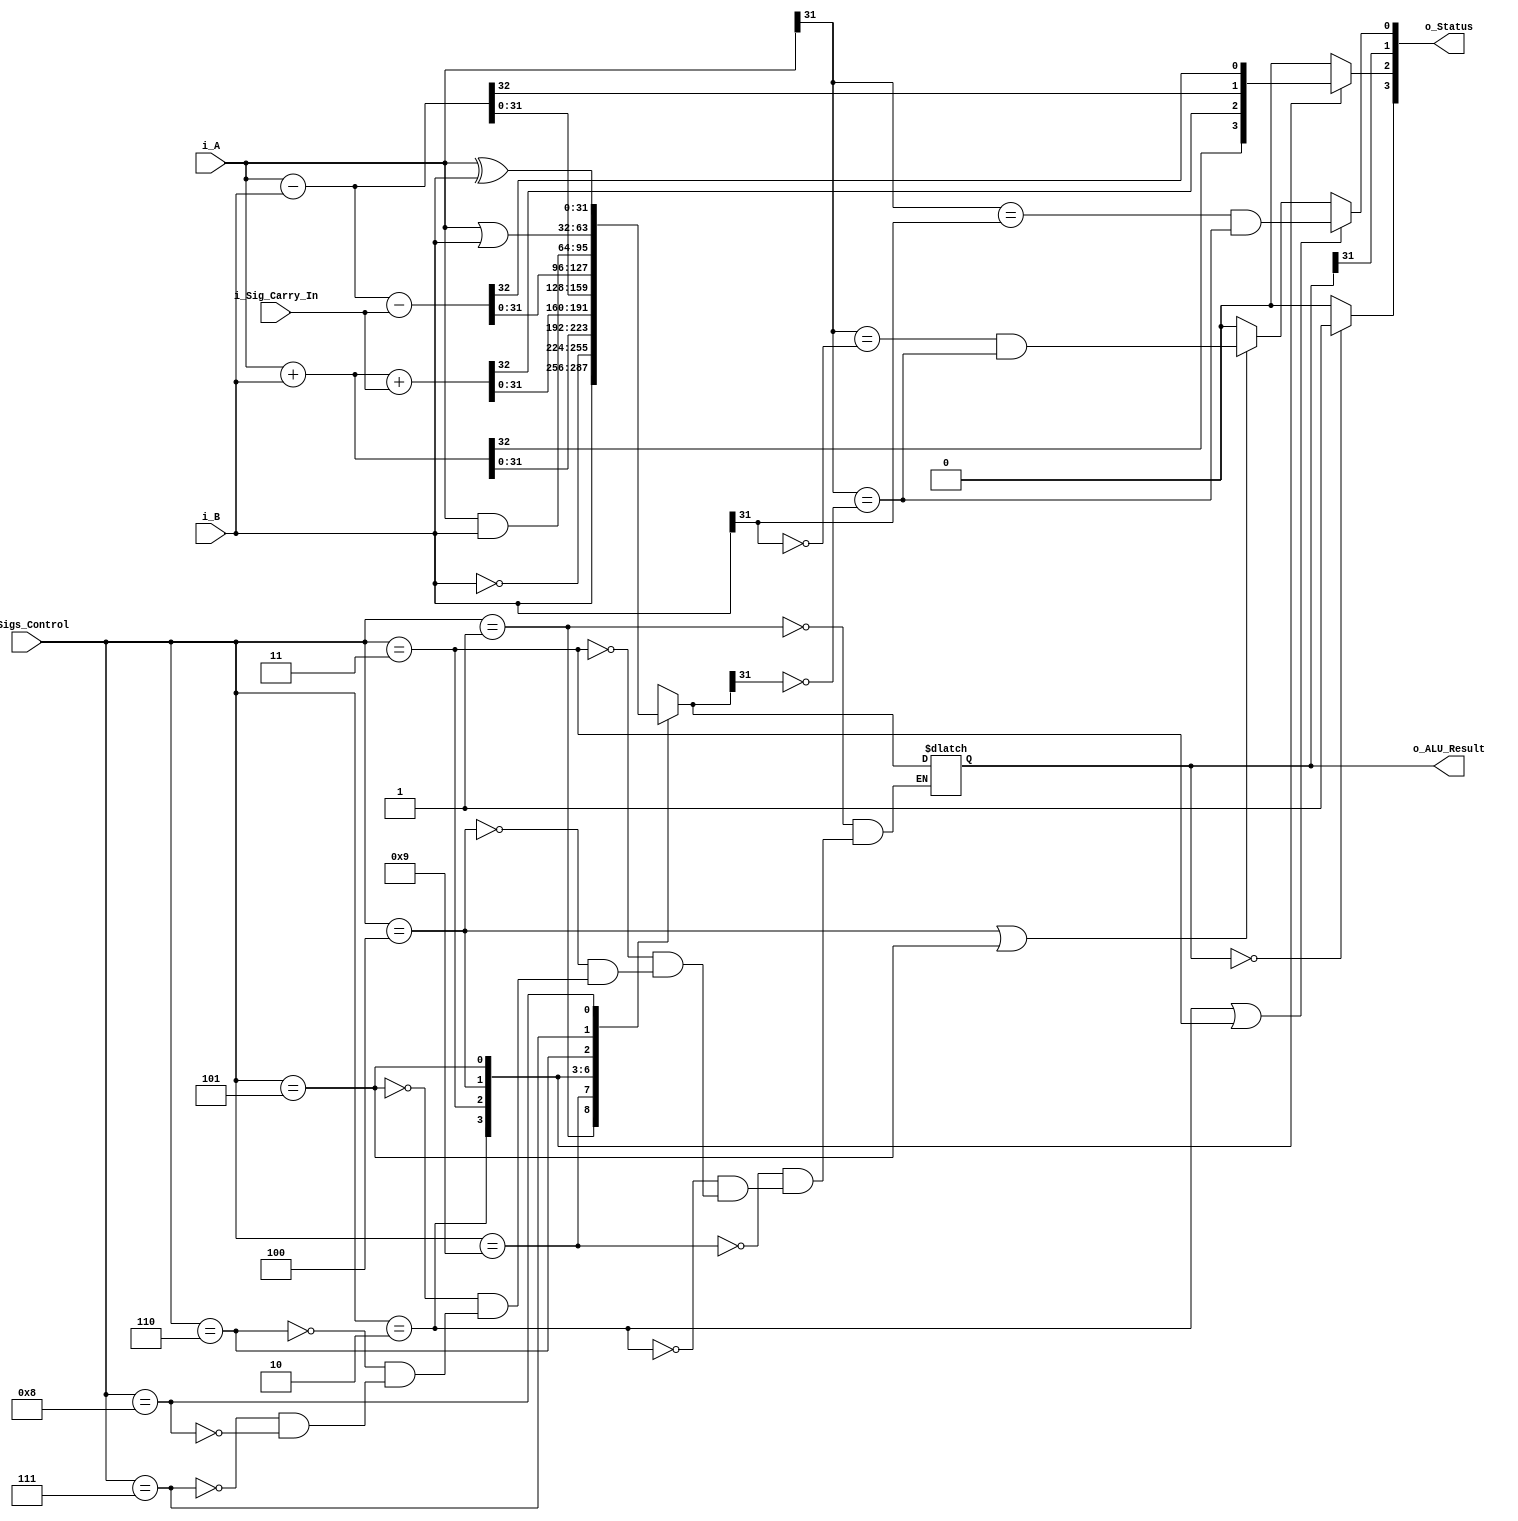
module alu (
    i_A, 
    i_B,
    i_Sigs_Control,
    i_Sig_Carry_In,
    o_ALU_Result,
    o_Status
    );


    parameter DATA_WIDTH = 32;

    input [DATA_WIDTH - 1:0] i_A; 
    input [DATA_WIDTH - 1:0] i_B;
    input [3:0] i_Sigs_Control;
    input i_Sig_Carry_In;

    output reg[DATA_WIDTH - 1:0] o_ALU_Result;
    output [3:0] o_Status;

    reg r_C;
    reg r_V;
    wire w_Z;
    wire w_N;

    always @(*) begin

        r_C = 1'b0;
        r_V = 1'b0;

        case (i_Sigs_Control)
            4'b0001:
                o_ALU_Result = i_B;
            4'b1001:
                o_ALU_Result = ~i_B;
            4'b0010:
                {r_C, o_ALU_Result} = i_A + i_B;
            4'b0011:
                {r_C, o_ALU_Result} = i_A + i_B + i_Sig_Carry_In;
            4'b0100:
                {r_C, o_ALU_Result} = i_A - i_B;
            4'b0101:
                {r_C, o_ALU_Result} = i_A - i_B - i_Sig_Carry_In;
            4'b0110:
                o_ALU_Result = i_A & i_B;
            4'b0111:
                o_ALU_Result = i_A | i_B;
            4'b1000:
                o_ALU_Result = i_A ^ i_B;
            4'b0100:
                o_ALU_Result = i_A - i_B;
            4'b0110:
                o_ALU_Result = i_A & i_B;
            4'b0010:
                o_ALU_Result = i_A + i_B;
            4'b0010:
                o_ALU_Result = i_A + i_B;
        endcase
        
        if(i_Sigs_Control == 4'b0010 || i_Sigs_Control == 4'b0011)
            r_V = (i_A[DATA_WIDTH - 1] == i_B[DATA_WIDTH - 1]) & (i_A[DATA_WIDTH - 1] == ~o_ALU_Result[DATA_WIDTH - 1]);

        else if (i_Sigs_Control == 4'b0100 || i_Sigs_Control == 4'b0101)
            r_V = (i_A[DATA_WIDTH - 1] == ~i_B[DATA_WIDTH - 1]) & (i_A[DATA_WIDTH - 1] == ~o_ALU_Result[DATA_WIDTH - 1]);
    end

    assign w_N = o_ALU_Result[DATA_WIDTH - 1];
    assign w_Z = o_ALU_Result == 32'b0 ? 1'b1 : 1'b0;

    assign o_Status = {w_Z, r_C, w_N, r_V};
    
endmodule